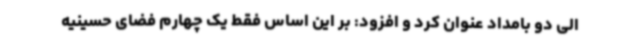
الی دو بامداد عنوان کرد و افزود: بر این اساس فقط یک چهارم فضای حسینیه